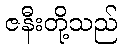
ဇနီးတို့သည်